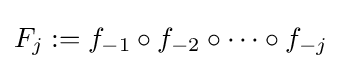
F_{j}:=f_{-1}\circ f_{-2}\circ \cdots \circ f_{-j}